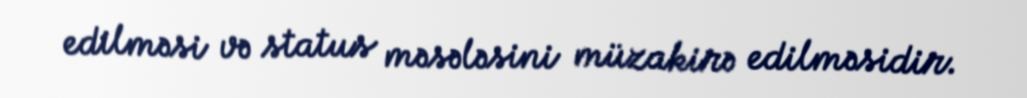
edilməsi və status məsələsini müzakirə edilməsidir.